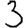
Digit: 3